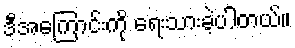
ဒီအကြောင်းကို ရေးသားခဲ့ပါတယ်။